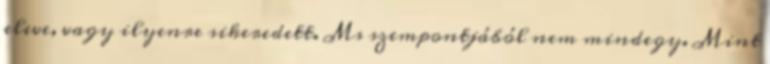
eleve, vagy ilyenre sikeredett. Ms szempontjából nem mindegy. Mint